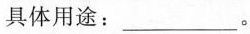
具体用途：___。